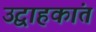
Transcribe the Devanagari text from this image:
उद्वाहकांत